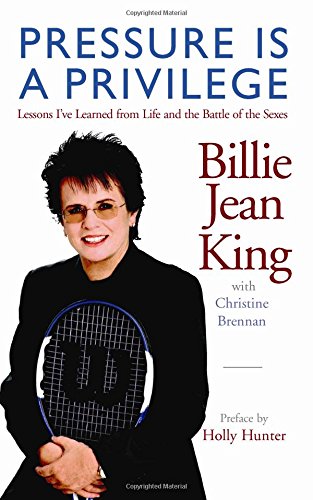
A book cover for Pressure is a Privilege: Lessons I've Learned from Life and the Battle of the Sexes (Billie Jean King Library); Billie Jean King; Sports & Outdoors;